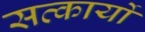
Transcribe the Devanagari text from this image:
सत्कार्यो